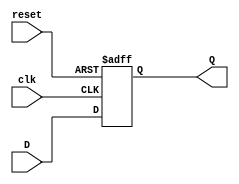
module d_flip_flop(
    input clk,
    input reset,
    input D,
    output reg Q
);

always @(posedge clk or posedge reset) begin
    if (reset) begin
        Q <= 0;
    end else begin
        Q <= D;
    end
end

endmodule